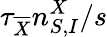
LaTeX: \tau_{\overline{{X}}}n_{S,I}^{X}/s